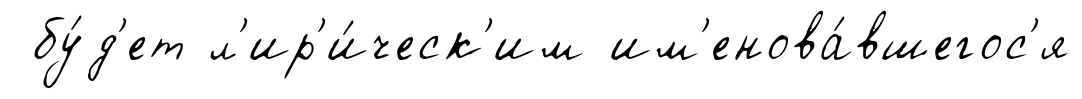
бу́д'ет л'ир'и́ческ'им им'енова́вшегос'я